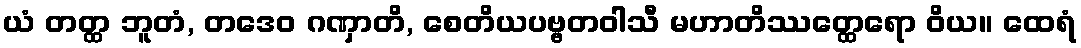
ယံ တတ္ထ ဘူတံ, တဒေဝ ဂဏှာတိ, စေတိယပဗ္ဗတဝါသီ မဟာတိဿတ္ထေရော ဝိယ။ ထေရံ